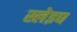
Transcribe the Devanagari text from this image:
स्लेइघ